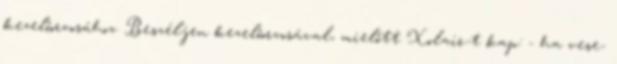
kezelőorvosához. Beszéljen kezelőorvosával, mielőtt Xolair-t kap: - ha vese-